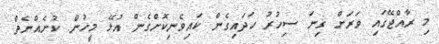
މި ރާއްޖޭގައި ވަރަށް ގިނަ ސިހުރު ހަދައިގެން ކައިވެނިކޮށްގެން އުޅޭ މީހުން. ކުށެއްނެތް